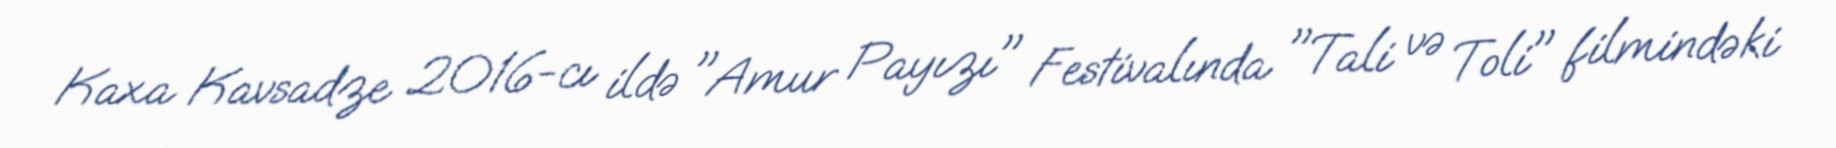
Kaxa Kavsadze 2016-cı ildə "Amur Payızı" Festivalında "Tali və Toli" filmindəki